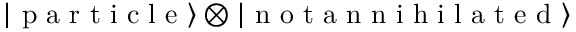
\left| \textrm { p a r t i c l e } \right\rangle \otimes \left| \textrm { n o t a n n i h i l a t e d } \right\rangle